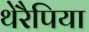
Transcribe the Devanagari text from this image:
थेरैपिया